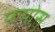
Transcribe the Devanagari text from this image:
पापोस़